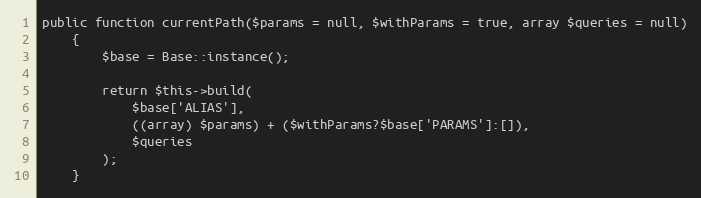
Language: PHP
public function currentPath($params = null, $withParams = true, array $queries = null)
    {
        $base = Base::instance();

        return $this->build(
            $base['ALIAS'],
            ((array) $params) + ($withParams?$base['PARAMS']:[]),
            $queries
        );
    }